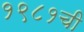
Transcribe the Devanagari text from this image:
१९८१ची